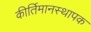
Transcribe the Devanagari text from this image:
कीर्तिमानस्थापक